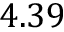
4 . 3 9